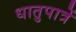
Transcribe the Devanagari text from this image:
धातुपात्रें